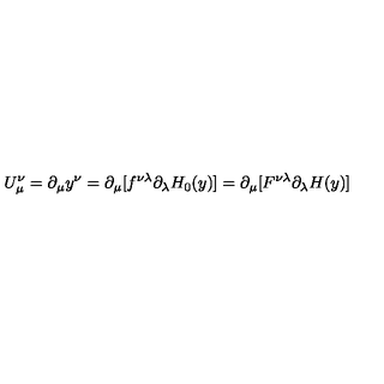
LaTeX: U _ { \mu } ^ { \nu } = \partial _ { \mu } y ^ { \nu } = \partial _ { \mu } [ f ^ { \nu \lambda } \partial _ { \lambda } H _ { 0 } ( y ) ] \nonumber = \partial _ { \mu } [ F ^ { \nu \lambda } \partial _ { \lambda } H ( y ) ]